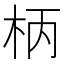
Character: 柄